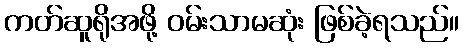
ကတ်ဆူရိုအဖို့ ဝမ်းသာမဆုံး ဖြစ်ခဲ့ရသည်။